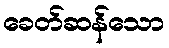
ခေတ်ဆန်သော